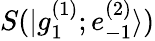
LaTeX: S(|g_{1}^{(1)};e_{-1}^{(2)}\rangle)